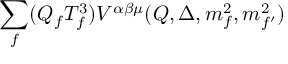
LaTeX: { \sum _ { f } } ( { Q _ { f } } { T _ { f } ^ { 3 } } ) { V ^ { \alpha \beta \mu } } ( Q , \Delta , { m _ { f } ^ { 2 } } , { m _ { { f ^ { \prime } } } ^ { 2 } } )